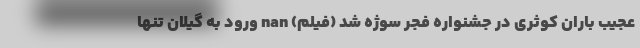
عجیب باران کوثری در جشنواره فجر سوژه شد (فیلم) nan ورود به گیلان تنها